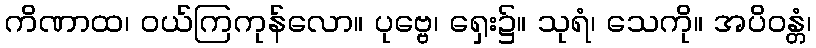
ကိဏာထ၊ ဝယ်ကြကုန်လော။ ပုဗ္ဗေ၊ ရှေး၌။ သုရံ၊ သေကို။ အပိဝန္တံ၊